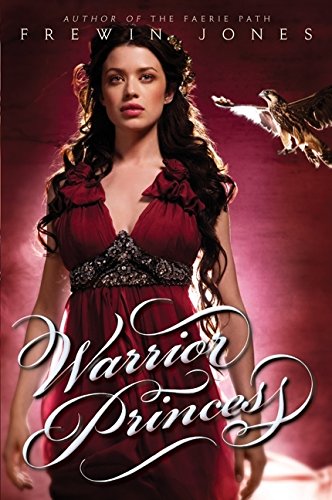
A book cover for Warrior Princess; Frewin Jones; Teen & Young Adult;